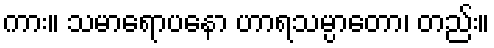
ကား။ သမာရောပနော ဟာရသမ္ပာတော၊ တည်း။